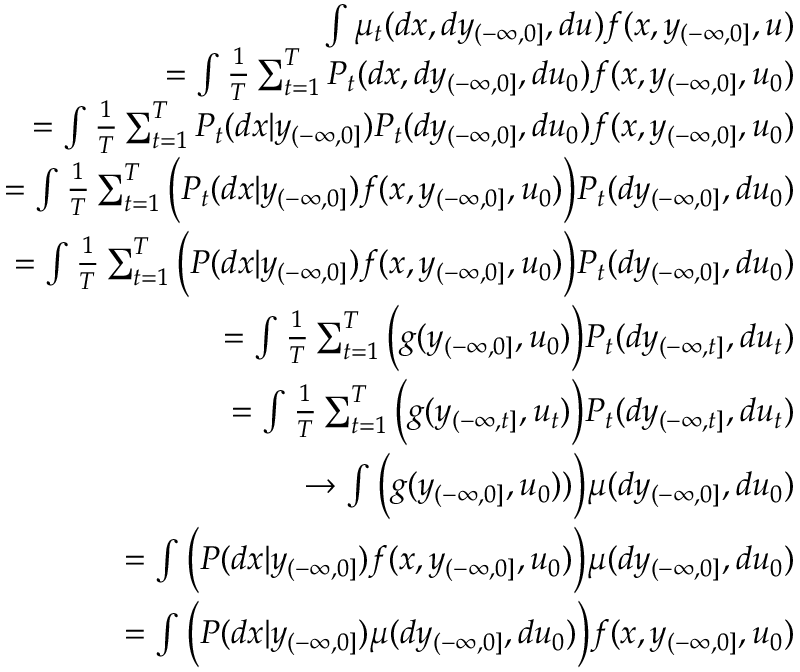
\begin{array} { r l r } & { } & { \int \mu _ { t } ( d x , d y _ { ( - \infty , 0 ] } , d u ) f ( x , y _ { ( - \infty , 0 ] } , u ) } \\ & { } & { = \int { \frac { 1 } { T } } \sum _ { t = 1 } ^ { T } P _ { t } ( d x , d y _ { ( - \infty , 0 ] } , d u _ { 0 } ) f ( x , y _ { ( - \infty , 0 ] } , u _ { 0 } ) } \\ & { } & { = \int { \frac { 1 } { T } } \sum _ { t = 1 } ^ { T } P _ { t } ( d x | y _ { ( - \infty , 0 ] } ) P _ { t } ( d y _ { ( - \infty , 0 ] } , d u _ { 0 } ) f ( x , y _ { ( - \infty , 0 ] } , u _ { 0 } ) } \\ & { } & { = \int { \frac { 1 } { T } } \sum _ { t = 1 } ^ { T } \bigg ( P _ { t } ( d x | y _ { ( - \infty , 0 ] } ) f ( x , y _ { ( - \infty , 0 ] } , u _ { 0 } ) \bigg ) P _ { t } ( d y _ { ( - \infty , 0 ] } , d u _ { 0 } ) } \\ & { } & { = \int { \frac { 1 } { T } } \sum _ { t = 1 } ^ { T } \bigg ( P ( d x | y _ { ( - \infty , 0 ] } ) f ( x , y _ { ( - \infty , 0 ] } , u _ { 0 } ) \bigg ) P _ { t } ( d y _ { ( - \infty , 0 ] } , d u _ { 0 } ) } \\ & { } & { = \int { \frac { 1 } { T } } \sum _ { t = 1 } ^ { T } \bigg ( g ( y _ { ( - \infty , 0 ] } , u _ { 0 } ) \bigg ) P _ { t } ( d y _ { ( - \infty , t ] } , d u _ { t } ) } \\ & { } & { = \int { \frac { 1 } { T } } \sum _ { t = 1 } ^ { T } \bigg ( g ( y _ { ( - \infty , t ] } , u _ { t } ) \bigg ) P _ { t } ( d y _ { ( - \infty , t ] } , d u _ { t } ) } \\ & { } & { \to \int \bigg ( g ( y _ { ( - \infty , 0 ] } , u _ { 0 } ) ) \bigg ) \mu ( d y _ { ( - \infty , 0 ] } , d u _ { 0 } ) } \\ & { } & { = \int \bigg ( P ( d x | y _ { ( - \infty , 0 ] } ) f ( x , y _ { ( - \infty , 0 ] } , u _ { 0 } ) \bigg ) \mu ( d y _ { ( - \infty , 0 ] } , d u _ { 0 } ) } \\ & { } & { = \int \bigg ( P ( d x | y _ { ( - \infty , 0 ] } ) \mu ( d y _ { ( - \infty , 0 ] } , d u _ { 0 } ) \bigg ) f ( x , y _ { ( - \infty , 0 ] } , u _ { 0 } ) } \end{array}